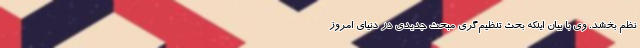
نظم بخشد. وی با بیان اینکه بحث تنظیم‌گری مبحث جدیدی در دنیای امروز